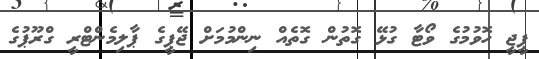
ޕީޖީ ހޮވުމުގެ ވޯޓާ ގުޅޭ ގޮތުން ގޮތެއް ނިންމުމަށް ޖޭޕީގެ ޕާލިމެންޓްރީ ގްރޫޕުގެ